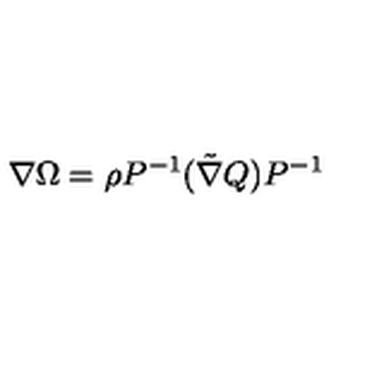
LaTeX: \nabla \Omega = \rho P ^ { - 1 } ( \tilde { \nabla } Q ) P ^ { - 1 }